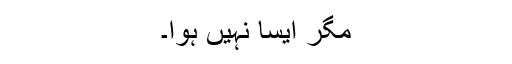
مگر ایسا نہیں ہوا۔